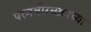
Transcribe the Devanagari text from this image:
परमवीरचक्राच्या